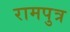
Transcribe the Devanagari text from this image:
रामपुत्र